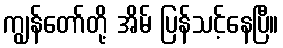
ကျွန်တော်တို့ အိမ် ပြန်သင့်နေပြီ။